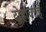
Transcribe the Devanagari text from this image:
दोहोंचाहि